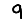
Digit: 9